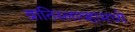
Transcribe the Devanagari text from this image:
ब्रातिस्लाव्हामध्ये